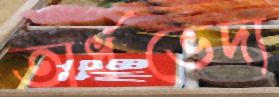
অর্ধভেদ্য